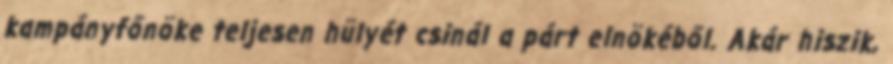
kampányfőnöke teljesen hülyét csinál a párt elnökéből. Akár hiszik,